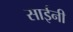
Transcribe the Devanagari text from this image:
साईनी